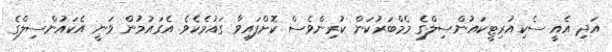
އަދި އެއީ ސެކިއުރިޓީކައުންސިލްގެ މެމްބަރުކަން ކުރިންވެސް ކޮށްފައިވާ ގައުމެކެވެ. އެގައުމުން ވަނީ އެކައުންސިލްގެ